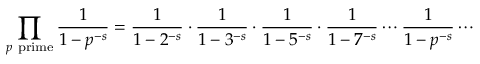
\prod _ { p { \mathrm { ~ p r i m e } } } { \frac { 1 } { 1 - p ^ { - s } } } = { \frac { 1 } { 1 - 2 ^ { - s } } } \cdot { \frac { 1 } { 1 - 3 ^ { - s } } } \cdot { \frac { 1 } { 1 - 5 ^ { - s } } } \cdot { \frac { 1 } { 1 - 7 ^ { - s } } } \cdots { \frac { 1 } { 1 - p ^ { - s } } } \cdots